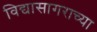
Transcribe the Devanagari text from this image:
विद्यासागराच्या